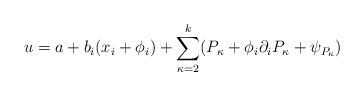
\begin{align*}u=a+b_i (x_i+\phi_i)+\sum_{\kappa=2}^k (P_\kappa+\phi_i \partial_iP_\kappa+\psi_{P_\kappa})\end{align*}